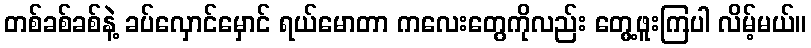
တစ်ခစ်ခစ်နဲ့ ခပ်လှောင်မှောင် ရယ်မောတာ ကလေးတွေကိုလည်း တွေ့ဖူးကြပါ လိမ့်မယ်။